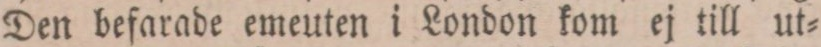
Den befarade emeuten i London kom ej till ut=